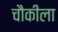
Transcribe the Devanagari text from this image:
चौकीला